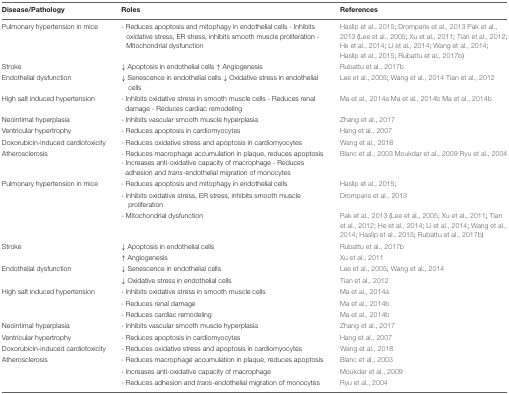
<table><thead><tr><td><b>Disease/Pathology</b></td><td><b>Roles</b></td><td><b>References</b></td></tr></thead><tbody><tr><td>Pulmonary hypertension in mice</td><td>- Reduces apoptosis and mitophagy in endothelial cells - Inhibits oxidative stress, ER stress, inhibits smooth muscle proliferation - Mitochondrial dysfunction</td><td>Haslip et al., 2015; Dromparis et al., 2013Pak et al., 2013 (Lee et al., 2005; Xu et al., 2011; Tian et al., 2012; He et al., 2014; Li et al., 2014; Wang et al., 2014; Haslip et al., 2015; Rubattu et al., 2017b)</td></tr><tr><td>Stroke</td><td>↓ Apoptosis in endothelial cells ↑ Angiogenesis</td><td>Rubattu et al., 2017b</td></tr><tr><td>Endothelial dysfunction</td><td>↓ Senescence in endothelial cells ↓ Oxidative stress in endothelial cells</td><td>Lee et al., 2005; Wang et al., 2014Tian et al., 2012</td></tr><tr><td>High salt induced hypertension</td><td>- Inhibits oxidative stress in smooth muscle cells - Reduces renal damage - Reduces cardiac remodeling</td><td>Ma et al., 2014aMa et al., 2014bMa et al., 2014b</td></tr><tr><td>Neointimal hyperplasia</td><td>- Inhibits vascular smooth muscle hyperplasia</td><td>Zhang et al., 2017</td></tr><tr><td>Ventricular hypertrophy</td><td>- Reduces apoptosis in cardiomyocytes</td><td>Hang et al., 2007</td></tr><tr><td>Doxorubicin-induced cardiotoxicity</td><td>- Reduces oxidative stress and apoptosis in cardiomyocytes</td><td>Wang et al., 2018</td></tr><tr><td>Atherosclerosis</td><td>- Reduces macrophage accumulation in plaque, reduces apoptosis - Increases anti-oxidative capacity of macrophage - Reduces adhesion and <i>trans</i>-endothelial migration of monocytes</td><td>Blanc et al., 2003Moukdar et al., 2009Ryu et al., 2004</td></tr><tr><td>Pulmonary hypertension in mice</td><td>- Reduces apoptosis and mitophagy in endothelial cells</td><td>Haslip et al., 2015;</td></tr><tr><td></td><td>- Inhibits oxidative stress, ER stress, inhibits smooth muscle proliferation</td><td>Dromparis et al., 2013</td></tr><tr><td></td><td>- Mitochondrial dysfunction</td><td>Pak et al., 2013 (Lee et al., 2005; Xu et al., 2011; Tian et al., 2012; He et al., 2014; Li et al., 2014; Wang et al., 2014; Haslip et al., 2015; Rubattu et al., 2017b)</td></tr><tr><td>Stroke</td><td>↓ Apoptosis in endothelial cells</td><td>Rubattu et al., 2017b</td></tr><tr><td></td><td>↑ Angiogenesis</td><td>Xu et al., 2011</td></tr><tr><td>Endothelial dysfunction</td><td>↓ Senescence in endothelial cells</td><td>Lee et al., 2005; Wang et al., 2014</td></tr><tr><td></td><td>↓ Oxidative stress in endothelial cells</td><td>Tian et al., 2012</td></tr><tr><td>High salt induced hypertension</td><td>- Inhibits oxidative stress in smooth muscle cells</td><td>Ma et al., 2014a</td></tr><tr><td></td><td>- Reduces renal damage</td><td>Ma et al., 2014b</td></tr><tr><td></td><td>- Reduces cardiac remodeling</td><td>Ma et al., 2014b</td></tr><tr><td>Neointimal hyperplasia</td><td>- Inhibits vascular smooth muscle hyperplasia</td><td>Zhang et al., 2017</td></tr><tr><td>Ventricular hypertrophy</td><td>- Reduces apoptosis in cardiomyocytes</td><td>Hang et al., 2007</td></tr><tr><td>Doxorubicin-induced cardiotoxicity</td><td>- Reduces oxidative stress and apoptosis in cardiomyocytes</td><td>Wang et al., 2018</td></tr><tr><td>Atherosclerosis</td><td>- Reduces macrophage accumulation in plaque, reduces apoptosis</td><td>Blanc et al., 2003</td></tr><tr><td></td><td>- Increases anti-oxidative capacity of macrophage</td><td>Moukdar et al., 2009</td></tr><tr><td></td><td>- Reduces adhesion and <i>trans</i>-endothelial migration of monocytes</td><td>Ryu et al., 2004</td></tr></tbody></table>